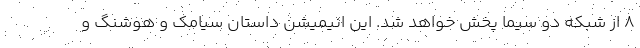
۸ از شبکه دو سیما پخش خواهد شد. این انیمیشن داستان سیامک و هوشنگ و